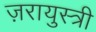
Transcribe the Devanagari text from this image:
ज़रायुस्त्री